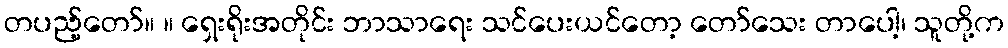
တပည့်တော်။ ။ ရှေးရိုးအတိုင်း ဘာသာရေး သင်ပေးယင်တော့ တော်သေး တာပေါ့၊ သူတို့က